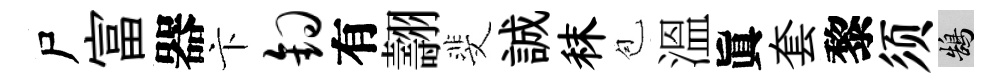
尸富器卞钩有翿斐誠秣苞溫眞套黎须鵠